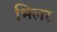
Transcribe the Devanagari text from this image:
भिलर